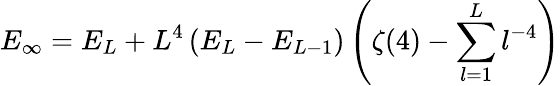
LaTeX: E_{\infty}=E_{L}+L^{4}\left(E_{L}-E_{L-1}\right)\left(\zeta(4)-\sum_{l=1}^{L}l^{-4}\right)